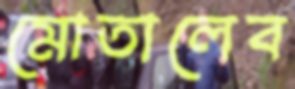
মোতালেব